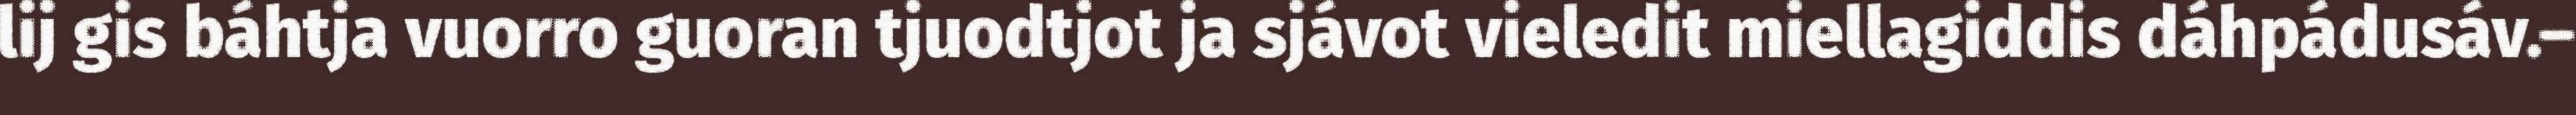
lij gis báhtja vuorro guoran tjuodtjot ja sjávot vieledit miellagiddis dáhpádusáv.–